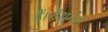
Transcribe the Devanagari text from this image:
हैं।नैशनल